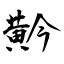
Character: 黅